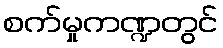
စက်မှုကဏ္ဍတွင်